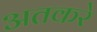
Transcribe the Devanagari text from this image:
अतकरे